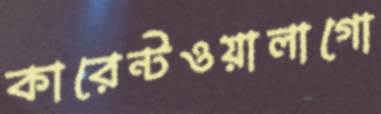
কারেন্টওয়ালাগো